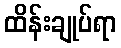
ထိန်းချုပ်ရာ